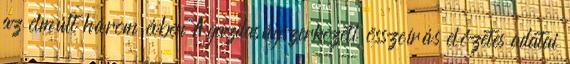
az elmúlt három évben A gazdaságszerkezeti összeírás előzetes adatai